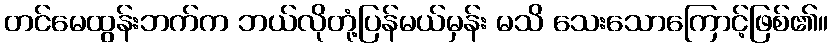
တင်မေထွန်းဘက်က ဘယ်လိုတုံ့ပြန်မယ်မှန်း မသိ သေးသောကြောင့်ဖြစ်၏။